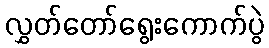
လွှတ်တော်ရွေးကောက်ပွဲ